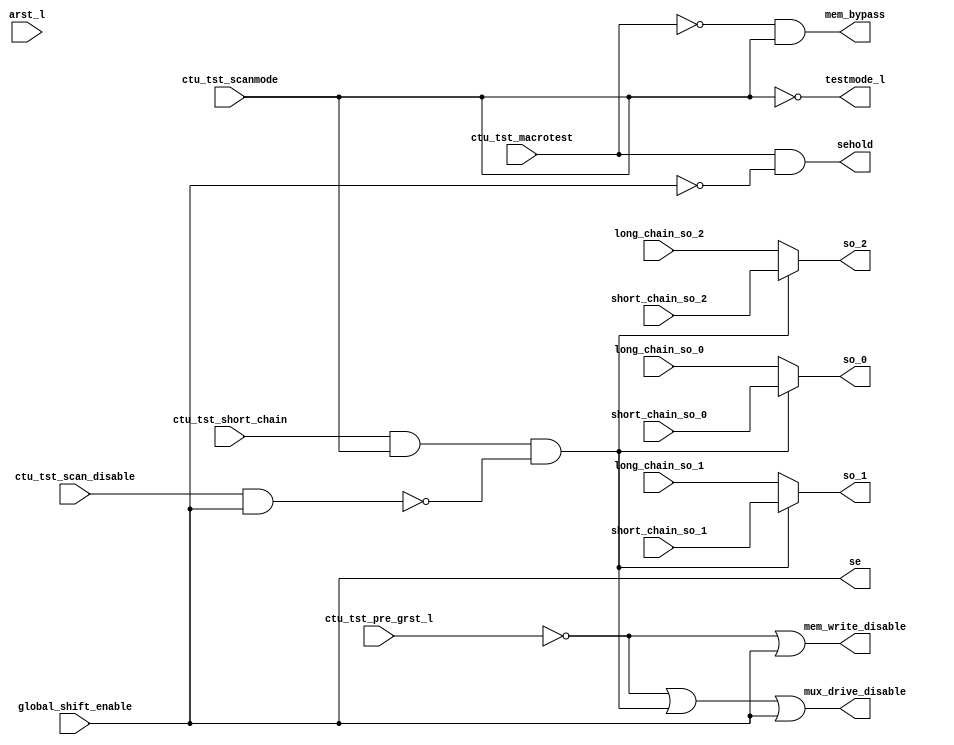
module test_stub_scan (/*AUTOARG*/
// Outputs
mux_drive_disable, mem_write_disable, sehold, se, testmode_l, 
mem_bypass, so_0, so_1, so_2, 
// Inputs
ctu_tst_pre_grst_l, arst_l, global_shift_enable, 
ctu_tst_scan_disable, ctu_tst_scanmode, ctu_tst_macrotest, 
ctu_tst_short_chain, long_chain_so_0, short_chain_so_0, 
long_chain_so_1, short_chain_so_1, long_chain_so_2, short_chain_so_2
);

   input        ctu_tst_pre_grst_l;
   input        arst_l;                // no longer used
   input        global_shift_enable;
   input        ctu_tst_scan_disable;  // redefined as pin_based_scan
   input        ctu_tst_scanmode;
   input 	ctu_tst_macrotest;
   input 	ctu_tst_short_chain;
   input 	long_chain_so_0;
   input 	short_chain_so_0;
   input 	long_chain_so_1;
   input 	short_chain_so_1;
   input 	long_chain_so_2;
   input 	short_chain_so_2;
   
   output 	mux_drive_disable;
   output 	mem_write_disable;
   output 	sehold;
   output 	se;
   output 	testmode_l;
   output 	mem_bypass;
   output 	so_0;
   output 	so_1;
   output 	so_2;

   wire         pin_based_scan;
   wire         short_chain_en;
   wire         short_chain_select;

   // INTERNAL CLUSTER CONNECTIONS
   //
   // Scan Chain Hookup
   // =================
   //
   // Scan chains have two configurations: long and short.
   // The short chain is typically the first tenth of the
   // long chain. The short chain should contain memory
   // collar flops for deep arrays. The CTU determines
   // which configuration is selected. Up to three chains
   // are supported.
   //
   // The scanout connections from the long and short
   // chains connect to the following inputs:
   //
   // long_chain_so_0, short_chain_so_0 (mandatory)
   // long_chain_so_1, short_chain_so_1 (optional)
   // long_chain_so_2, short_chain_so_2 (optional)
   //
   // The test stub outputs should connect directly to the
   // scanout port(s) of the cluster:
   //
   // so_0 (mandatory), so_1 (optional), so_2 (optional)
   //
   //
   // Static Output Signals
   // =====================
   //
   // testmode_l
   //
   // Local testmode control for overriding gated
   // clocks, asynchronous resets, etc. Asserted
   // for all shift-based test modes.
   //
   // mem_bypass
   //
   // Memory bypass control for arrays without output
   // flops. Allows testing of shadow logic. Asserted
   // for scan test; de-asserted for macrotest.
   //
   //
   // Dynamic Output Signals
   // ======================
   //
   // sehold
   //
   // The sehold signal needs to be set for macrotest
   // to allow holding flops in the array collars
   // to retain their shifted data during capture.
   // Inverted version of scan enable during macrotest.
   //
   // mux_drive_disable (for mux/long chain protection)
   //
   // Activate one-hot mux protection circuitry during
   // scan shift and reset. Formerly known as rst_tri_en.
   // Also used by long chain memories with embedded
   // control.
   //
   // mem_write_disable (for short chain protection)
   //
   // Protects contents of short chain memories during
   // shift and POR.
   //
   // se

   assign  mux_drive_disable  = ~ctu_tst_pre_grst_l | short_chain_select | se;
   assign  mem_write_disable  = ~ctu_tst_pre_grst_l | se;
   assign  sehold             = ctu_tst_macrotest & ~se;
   assign  se                 = global_shift_enable;
   assign  testmode_l         = ~ctu_tst_scanmode;
   assign  mem_bypass         = ~ctu_tst_macrotest & ~testmode_l;
   assign  pin_based_scan     = ctu_tst_scan_disable;
   assign  short_chain_en     = ~(pin_based_scan & se);
   assign  short_chain_select = ctu_tst_short_chain & ~testmode_l & short_chain_en;
   assign  so_0               = short_chain_select ? short_chain_so_0 : long_chain_so_0;
   assign  so_1               = short_chain_select ? short_chain_so_1 : long_chain_so_1;
   assign  so_2               = short_chain_select ? short_chain_so_2 : long_chain_so_2;
   
endmodule